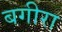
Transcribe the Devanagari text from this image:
बगीरा